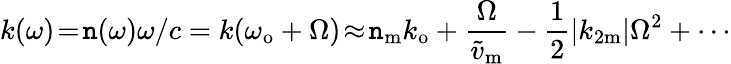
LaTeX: k(\omega)\! =\! \mathtt{n}(\omega)\omega/c=k(\omega_{\mathrm{{o}}}+\Omega)\! \approx\! \mathtt{n}_{\mathrm{{m}}}k_{\mathrm{{o}}}+\frac{{\Omega}}{{\widetilde{{v}}_{\mathrm{{m}}}}}-\frac{{1}}{{2}}|k_{2\mathrm{{m}}}|\Omega^{2}+\cdots